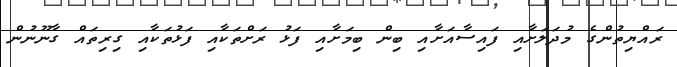
ރައްޔިތުންގެ މުދަލަށާއި ފައިސާއަށާއި ބިން ބިމަށާއި ފަޅު ރަށްތަކާއި ފަޅުތަކާއި ގިރިތައް ގާނޫނުން